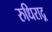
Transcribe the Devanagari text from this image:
रुधिराद्र्र